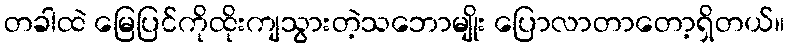
တခါထဲ မြေပြင်ကိုထိုးကျသွားတဲ့သဘောမျိုး ပြောလာတာတော့ရှိတယ်။